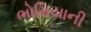
ભોમિયાની